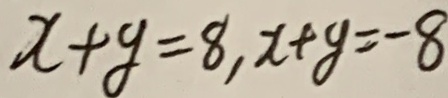
x + y = 8 , x + y = - 8